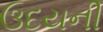
ઉદયની